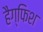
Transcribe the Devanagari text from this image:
हैग्फिश